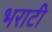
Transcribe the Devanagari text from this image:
भराटी